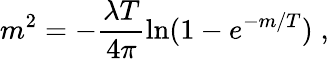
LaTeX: m^{2}=-\frac{\lambda T}{4\pi}\ln(1-e^{-m/T})\; ,